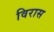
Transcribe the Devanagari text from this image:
विरास